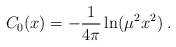
\begin{align*}C_0(x) = -\frac{1}{4\pi} \ln(\mu^2 x^2) \; .\end{align*}